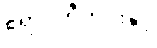
ဧရာဝတီတိုင်းနှင့်